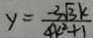
y = \frac { - 3 \sqrt { 3 } k } { 4 k ^ { 2 } + 1 }